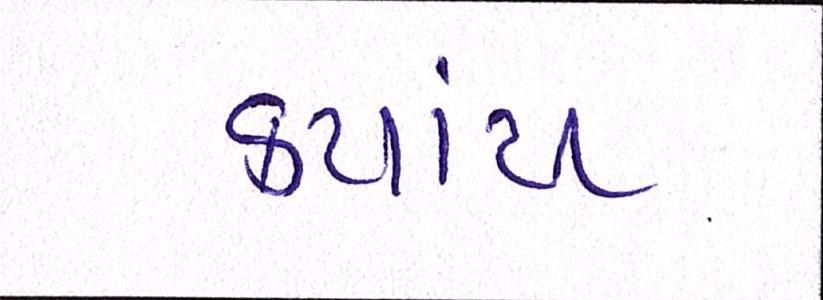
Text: કયાંય